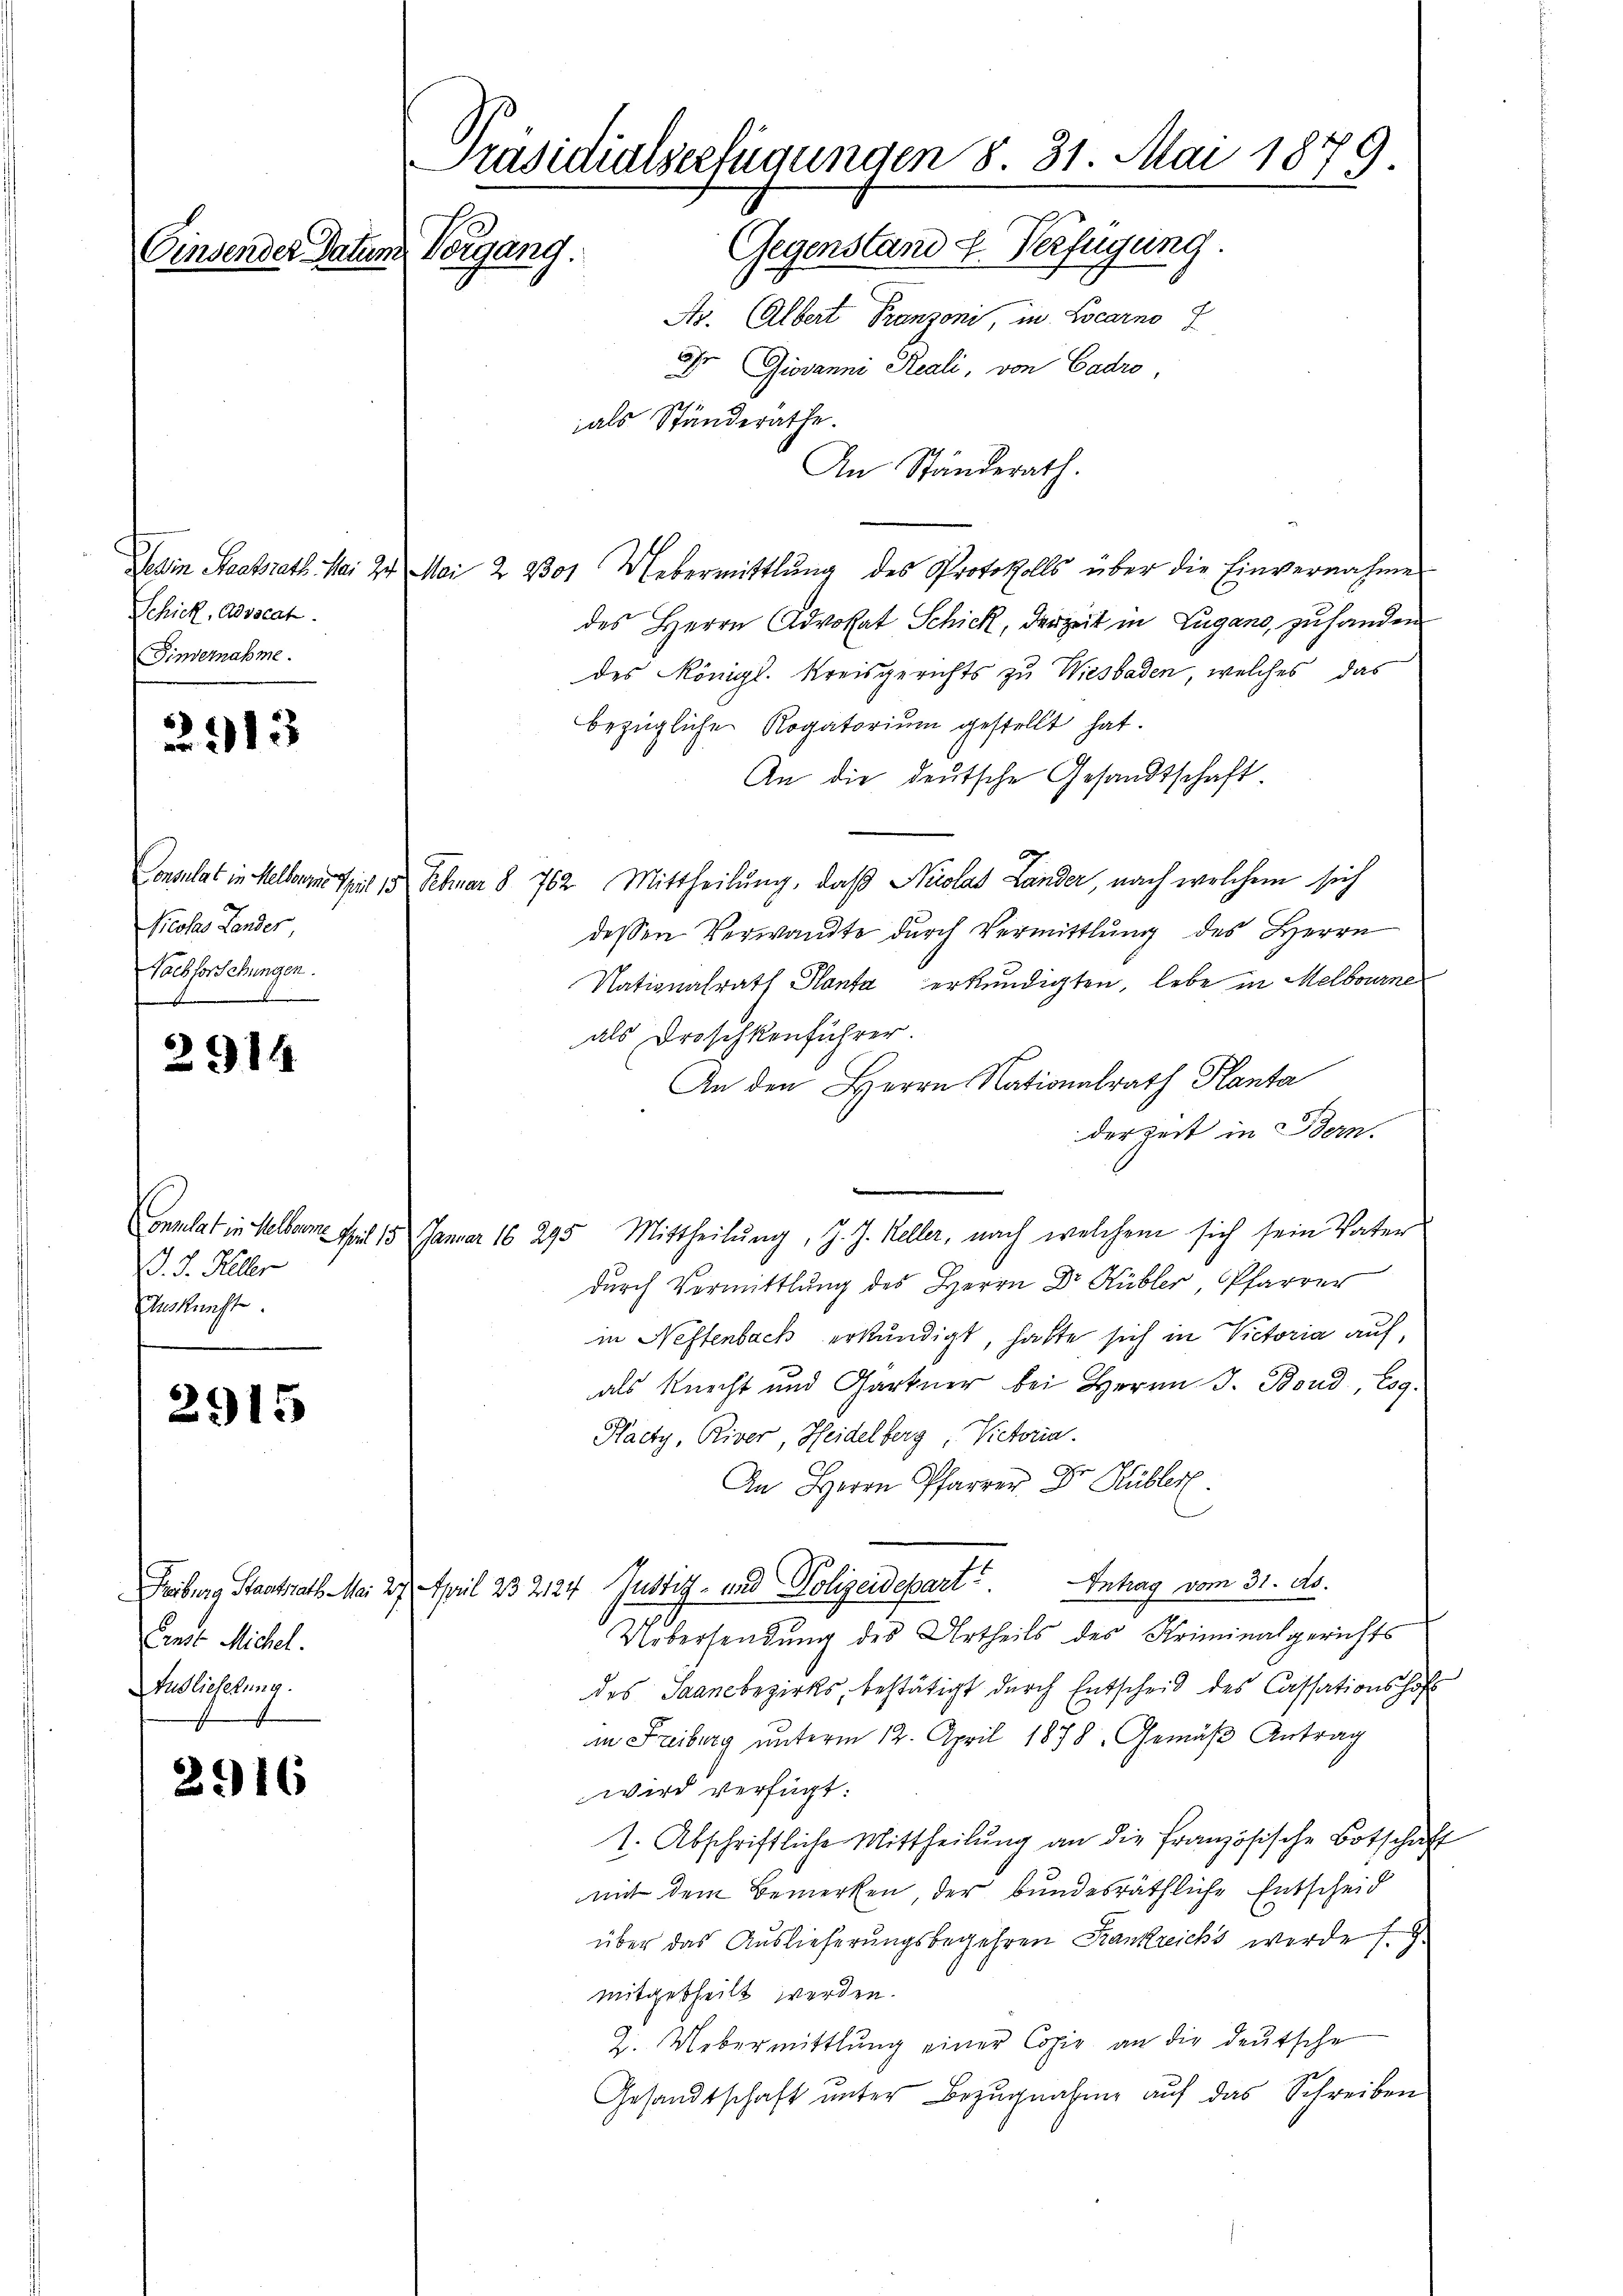
Schick, Advocat.
Finvernahme.

22313

Consulat in Melbornes Spiel 15
Nicolas Lander
Vachforschungen.

Connelat in Helbaume seit 15
. J. Heller
Auskunft.

Ende Michel.
Audlicherung.

314

2915

Präsidialserfügungen 8. 31. Mai 1879
Gegenstand u. Verfügung.
Einsender Datum Vorgang.
As. (Albert Franzoni, in Locarno I
Dr. Giovanni Reali, von Cadro,
als Ständeräthe.
An Ständerath.

216

Jehin Staatsrath Mai zu Mai 22301 Uebermittlung des Protokolls über die Einvernahme
des Herrn Advokat Schick, derzeit in Lugano, zu handen
des Königl. Kreisgerichts zu Wiesbaden, welches das
bezügliche Rogatorium gestellt hat.
An die deutsche Gesandtschaft.
Feber § 762 Mittheilung, daß Nicolas Lander, nach welchem sich
dessen Verwandte dŭrch Vermittlung des Herrn
Nationalrath Hanta erkundigten, lebe in Melbourne
als Droschkenführer.
An den Herrn Nationalrath Kanta
derzeit in Bern.
Januar 16 295 Mittheilŭng, J. J. Keller, nach welchem sich sein Vater
durch Vermittlung des Herrn Dr Hübler, Pfarrer
in Neftenbach erkundigt, hatte sich in Victoria auf,
als Knecht und Gartner bei Herrn J. Bond, Esg.
Hacty, River, Heidelberg, Victoria.
3
An Herrn Pfarrer Dr. Kübler.
Freiburg Staatsrath Mai 27. April 232124. Justiz- und Polizeidepart. Intrag vom 31. Ad.
Uebersendung des Urtheils des Kriminalgerichts
des Saanebezirks, bestätigt durch Entscheid des Cassationshof
in Freiburg unterm 12. April 1878. Gemäß Antrag
wird verfügt:
1. Abschriftliche Mittheilung an die französische Botschaft
mit dem Bemerken, der bundesräthliche Entscheid
über das Auslieferungsbegehren Frankreichs werde f.
mitgetheilt werden.
2. Uebermittlung einer Copie an die deutsche
Gesandtschaft unter Bezugnahme auf das Schreiben